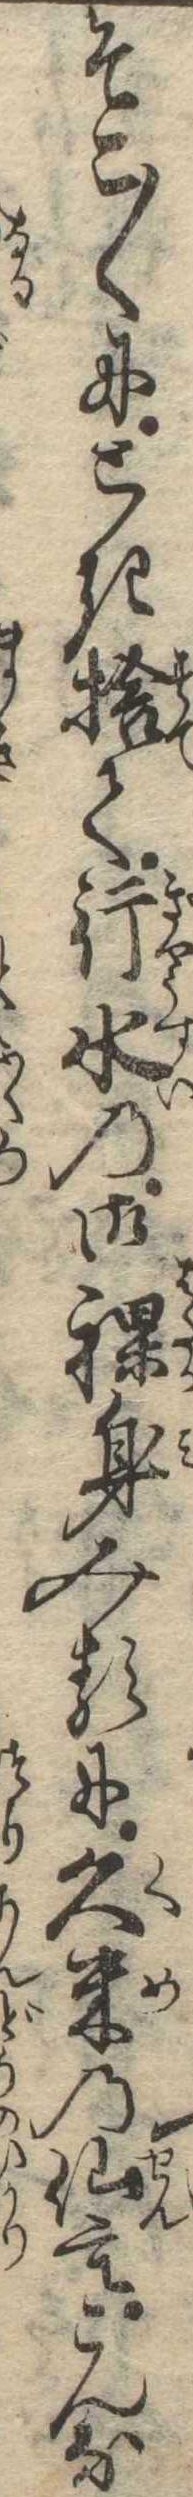
そこ〱にとき捨て行水の御裸身みるに久米の仙もこんな